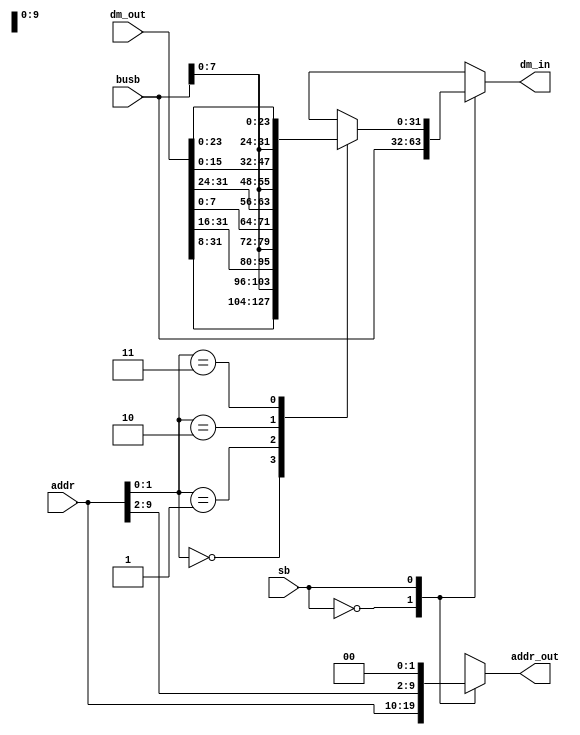
module sb(
input [31:0]dm_out,
input [31:0]busb,
input [9:0]addr,
input sb,
output reg [31:0]dm_in,
output reg [9:0]addr_out
);
always@(*)begin
case(sb)
1'b0:begin
dm_in = busb;
addr_out = addr;
end
1'b1:begin
	addr_out = {addr[9:2],{2'b00}};
	case(addr[1:0])
	2'b00:begin
	dm_in = {dm_out[31:8],busb[7:0]};	
	
	end
	2'b01:begin
	dm_in = {dm_out[31:16],busb[7:0],dm_out[7:0]};
		
	end
	2'b10:begin
	dm_in = {dm_out[31:24],busb[7:0],dm_out[15:0]};	
	
	end
	2'b11:begin
	dm_in = {busb[7:0],dm_out[23:0]};
	
	end
	endcase
end



endcase
end


endmodule